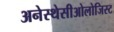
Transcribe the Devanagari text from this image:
अनेस्थेसीओलोजिस्ट